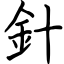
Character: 針